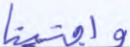
واجتبينا